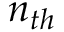
n _ { t h }